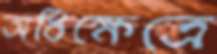
অধিক্ষেত্রে